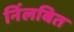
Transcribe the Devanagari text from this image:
निंलबित